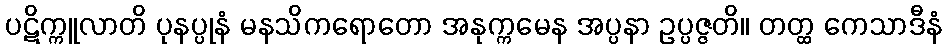
ပဋိက္ကူလာတိ ပုနပ္ပုနံ မနသိကရောတော အနုက္ကမေန အပ္ပနာ ဥပ္ပဇ္ဇတိ။ တတ္ထ ကေသာဒီနံ